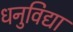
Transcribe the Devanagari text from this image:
धनुविद्या